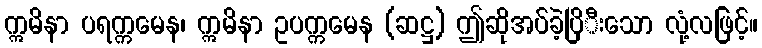
ဣမိနာ ပရက္ကမေန၊ ဣမိနာ ဥပက္ကမေန (ဆဋ္ဌ) ဤဆိုအပ်ခဲ့ပြိီးသော လုံ့လဖြင့်။